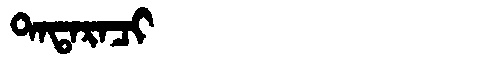
Manchu: ᡨᠠᡨᠠᡵᠠᠴᡳ
Romanization: TATARACI